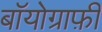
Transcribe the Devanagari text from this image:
बॉयोग्राफ़ी